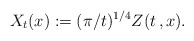
\begin{align*}X_t(x) := (\pi/t)^{1/4} Z(t\,,x).\end{align*}